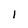
Character: 1